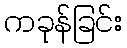
ကခုန်ခြင်း